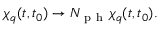
\chi _ { q } ( t , t _ { 0 } ) \to N _ { \mathrm { ~ p ~ h ~ } } \chi _ { q } ( t , t _ { 0 } ) .